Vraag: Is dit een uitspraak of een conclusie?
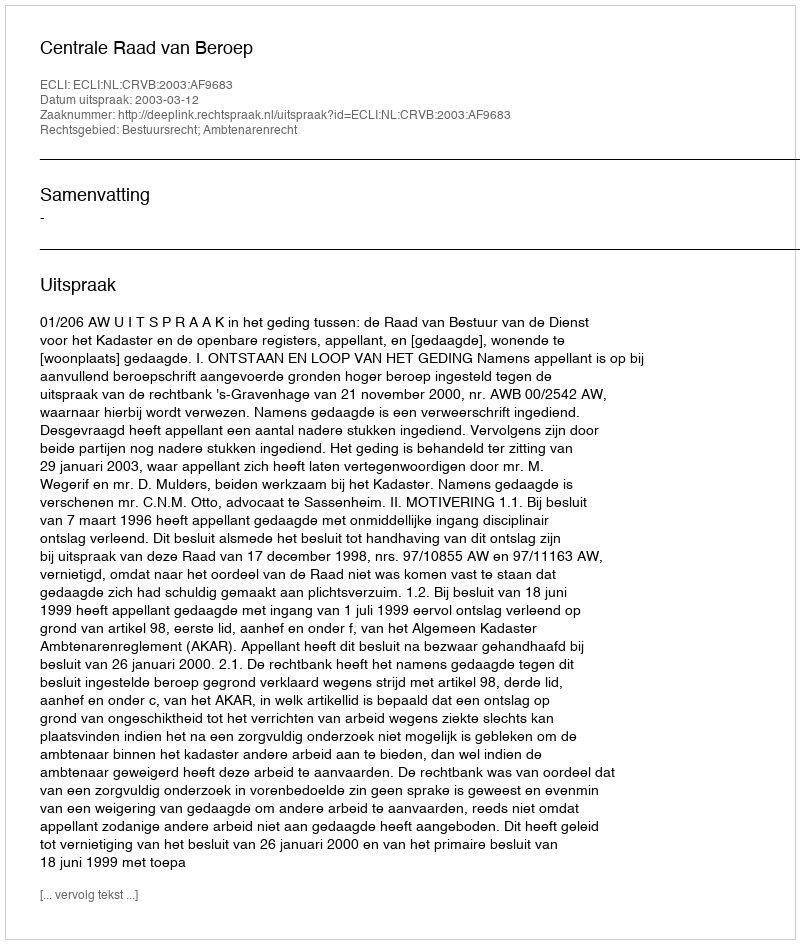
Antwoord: Uitspraak